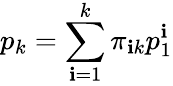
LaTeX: p_{k}=\sum_{\mathbf{i}=1}^{k}\pi_{\mathbf{i}k}p_{1}^{\mathbf{i}}